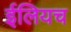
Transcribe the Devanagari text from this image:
ईलियच